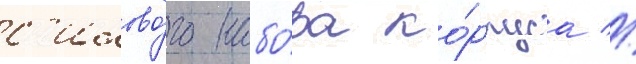
с'илово́го набо́ра ко́рпуса //